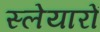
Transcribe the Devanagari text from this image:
स्लेयारों